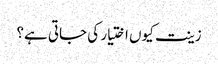
زینت کیوں اختیار کی جاتی ہے؟